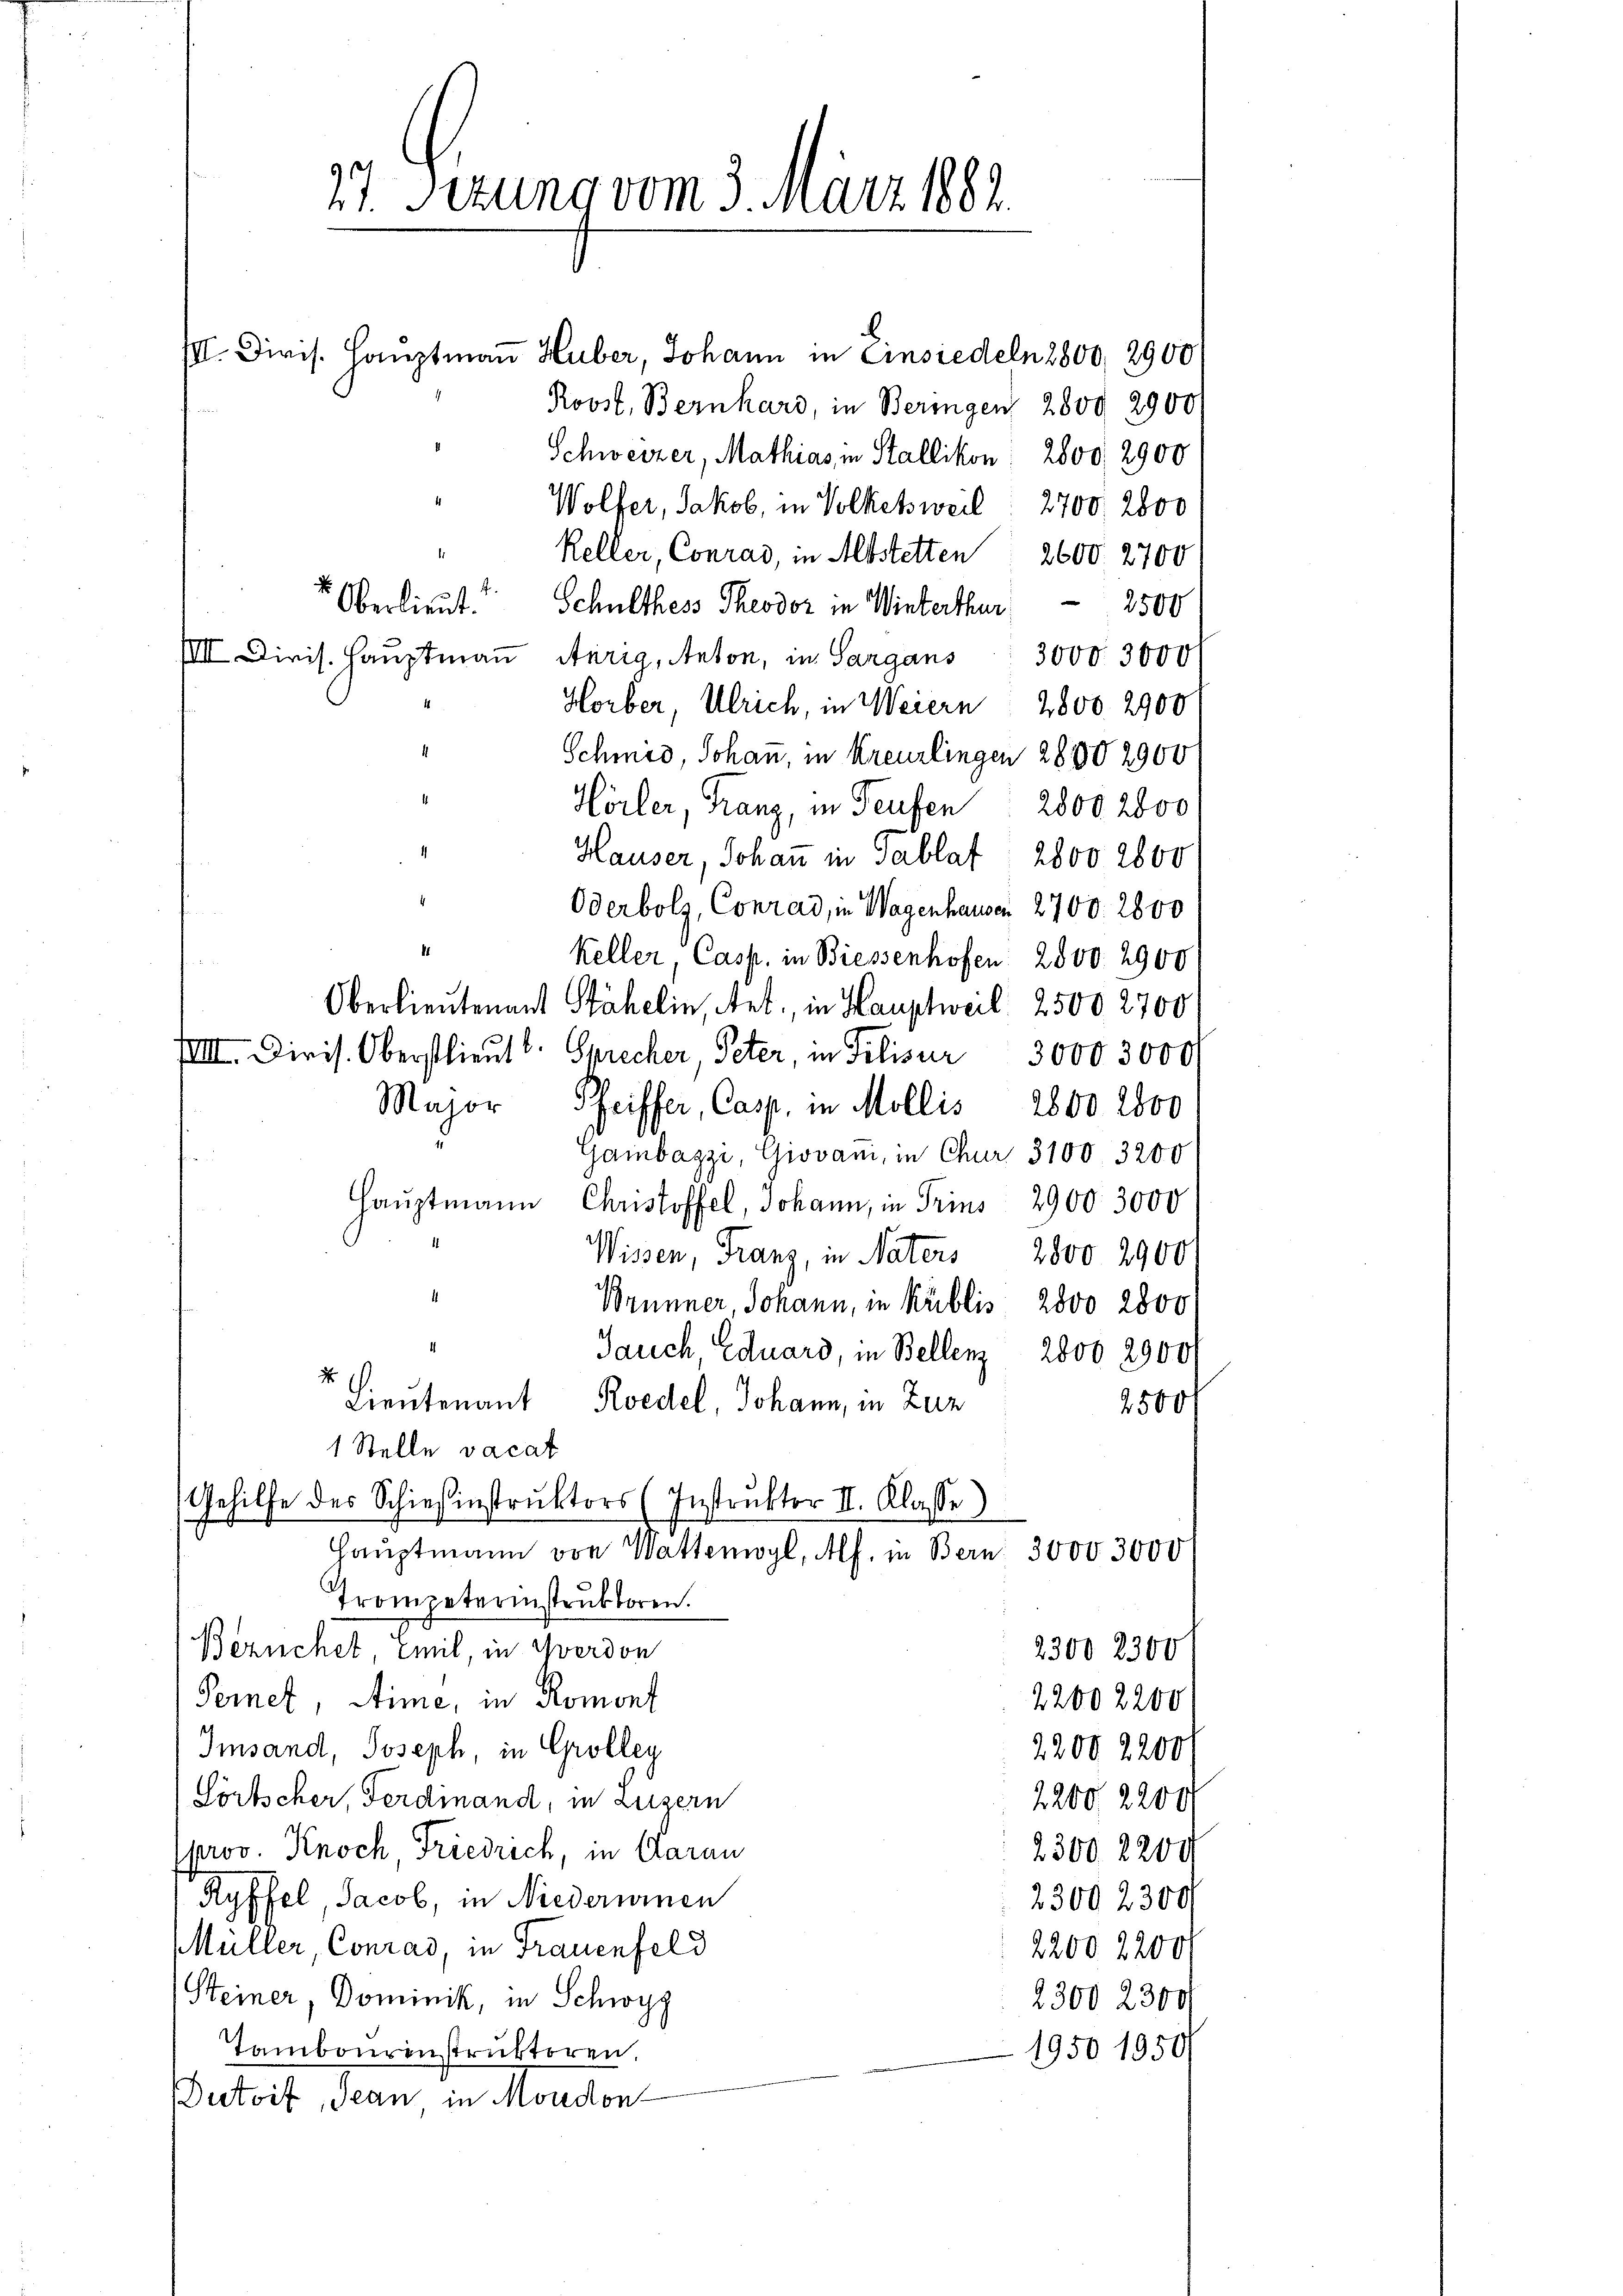
37. Serung vom 3. März 1881.
¬
III. Divis. Hauptmaṅ Huber, Johann in Einsiedeln 2800, 2900
Rovst, Bernhard, in Beringen 2800 2900

Schweizer, Mathias in Stallikon: 2800, 2900
Wolfer, Jakob, in Volketsweil: 2700, 2800
Keller, Conrad, in Abstetten 2600. 2700
Oberlieut.
Schulthess Theodor in Winterthur. 2500
III Dieis. Hauptmann Merig, Anton, in Sargans 3000. 3000
Horber, Ulrich, in Weiern 2800. 2900
Schmid, Johann, in Kreuzlingen 2800 2900
Hörler, Franz, in Teufen 2800 2600
Hauser, Johan in Sablat 2800 2800
Oderbolz, Conrad, in Wagenhausen 2700. 2800
.
Keller, Casp. in Biessenhofen: 2500. 2900
Oberlieutenant Stähelin, Art., in Hauptweil 2500 2700
VIII. Diris. Oberstlieut. Sprecher, Peter, in Pilisur 3000 3000
Major, Pfeiffer, Casp. in Mollis 2800 2800
Gambagzi, Giovani, in Chur 3100. 3200
Hauptmann Christoffel, Johann, in Trius 2900 3000
Wissen, Franz, in Naters 2800 2900
Brünner Johann, in Küblis 2500 2800
Jauch, Eduard, in Bellenz 2800 29000
2
Lieutenant Koedel, Johann, in Zuz
2500 f
1 Stelle vacat
Gehilfe des Schiesinstruktors (Instruktor II. Klasse)
g
Hauptmann von Wattenwyl, Alf. in Bern 3000 3000
Trompeterinstruktoren.
Bernchet Emil, in Yverdon
2300 2300
22002200
Ternet, Sime, in Romont
Imsand, Joseph, in Grolleg
2200 2200
Sörtscher Ferdinand, in Luzern
2200, 2200
prov. Knoch Friedrich, in Aarau
2300, 2200
Ryffel, Jacob, in Niederuinen
23002300
Müller, Conrad, in Frauenfeld
2200 2200
Steiner Dominik, in Schwyz
2300 2300
Tambourinstruktoren.
1950 1950
Dutoit, Jean in Moudon-